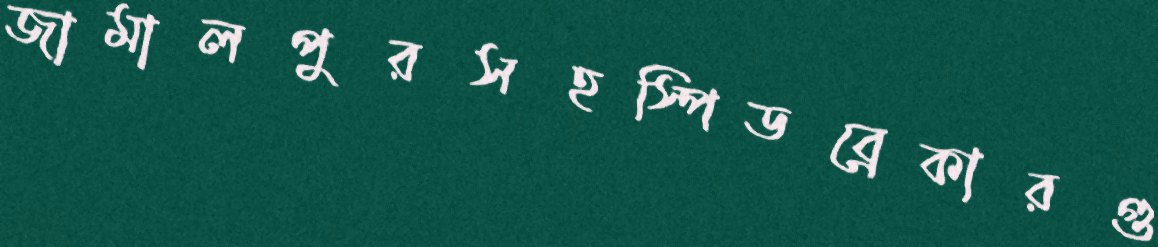
জামালপুরসহস্পিডব্রেকারগু